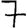
Digit: 7